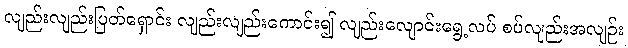
လျည်းလျည်းပြတ်ရှောင်း လျည်းလျည်းကောင်း၍ လျည်းလျောင်းရွေ့လပ် စပ်လျည်းအလျဉ်း